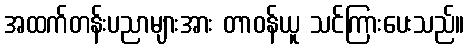
အထက်တန်းပညာများအား တာဝန်ယူ သင်ကြားပေးသည်။